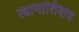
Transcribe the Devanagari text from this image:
त्यागाशिवाय